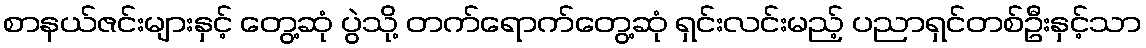
စာနယ်ဇင်းများနှင့် တွေ့ဆုံ ပွဲသို့ တက်ရောက်တွေ့ဆုံ ရှင်းလင်းမည့် ပညာရှင်တစ်ဦးနှင့်သာ